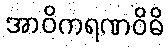
အာဝိကရဏဝိဓိ